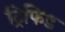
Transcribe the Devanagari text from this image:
ट्रिफिड